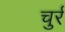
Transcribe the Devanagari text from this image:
चुर्र